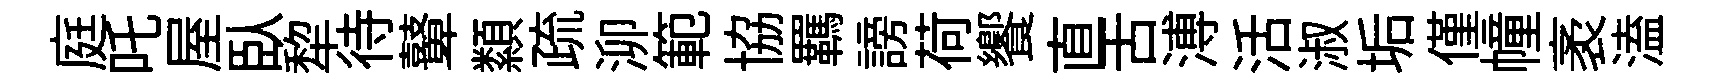
庭吒屋臥犂待鼙纇疏泖範協羈謗荷饗直舌溥活淑垢僅幢袤溘